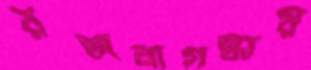
রজনীগন্ধায়